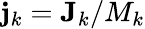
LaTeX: {\mathbf j}_{k}={\mathbf J}_{k}/M_{k}